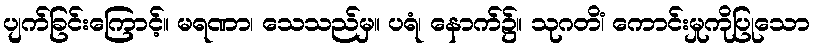
ပျက်ခြင်းကြောင့်။ မရဏာ၊ သေသည်မှ။ ပရံ၊ နောက်၌။ သုဂတိံ၊ ကောင်းမှုကိုပြုသော